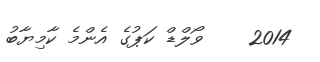
2014    ވޯލްޑް ކަޕުގެ އެންމެ ކާމިޔާބު